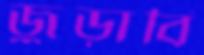
জুড়াবি